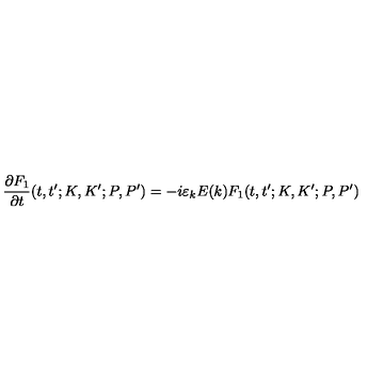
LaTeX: \frac { \partial F _ { 1 } } { \partial t } ( t , t ^ { \prime } ; K , K ^ { \prime } ; P , P ^ { \prime } ) = - i \varepsilon _ { k } E ( k ) F _ { 1 } ( t , t ^ { \prime } ; K , K ^ { \prime } ; P , P ^ { \prime } )